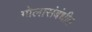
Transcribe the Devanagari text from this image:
गोलासंबंधीत